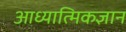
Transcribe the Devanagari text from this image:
आध्यात्मिकज्ञान